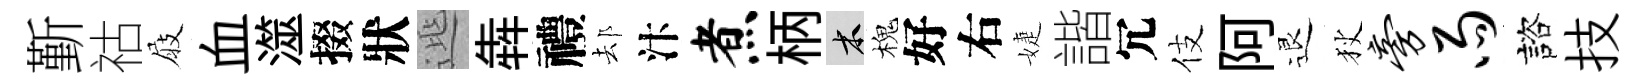
斳祜屐血澨掇狀𨓱犇禮𨚫汴煮柄木槐好右婕諧冗伎阿退狄旁雨諮技